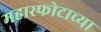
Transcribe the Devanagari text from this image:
महास्फोटाच्या